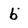
Character: 6